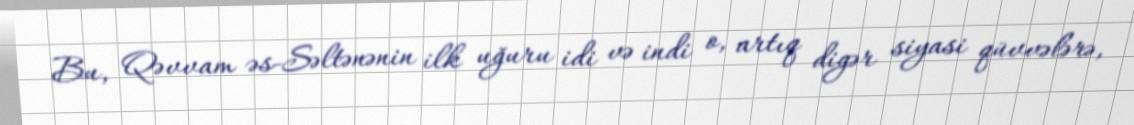
Bu, Qəvvam əs-Səltənənin ilk uğuru idi və indi o, artıq digər siyasi qüvvələrə,